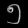
Digit: ၅